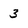
Character: 3